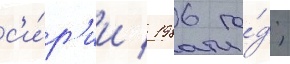
с'и́р'ии / 1986 го́д;